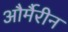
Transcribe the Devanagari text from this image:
और्मैरीन